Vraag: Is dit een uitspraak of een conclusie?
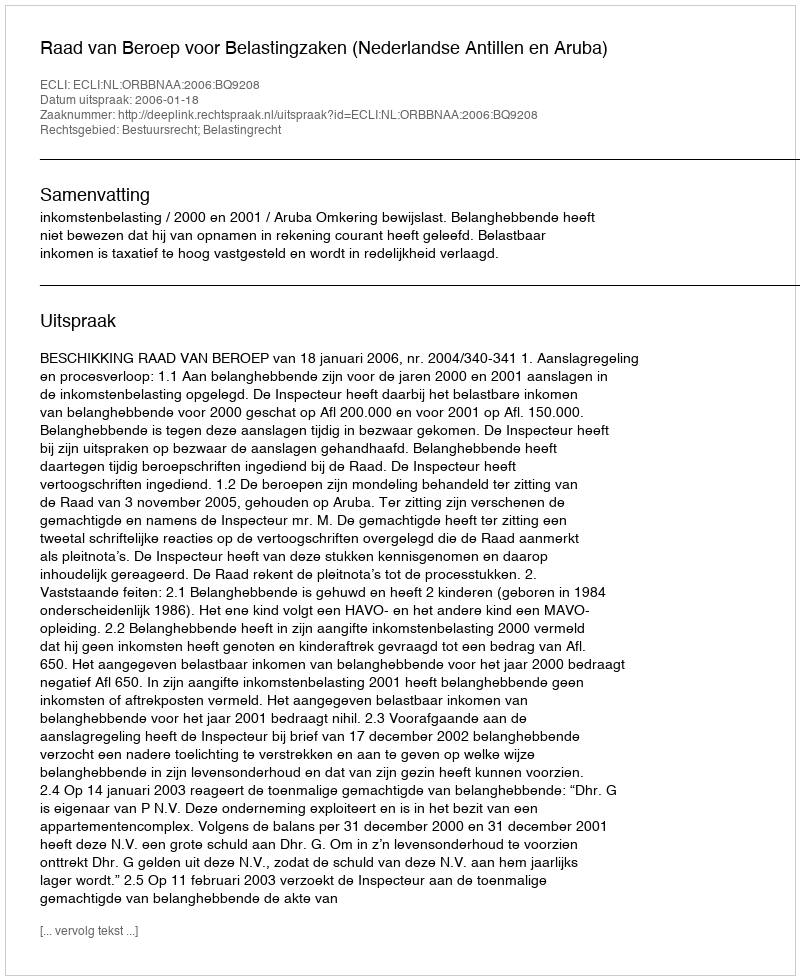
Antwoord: Uitspraak